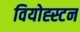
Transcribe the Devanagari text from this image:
वियोह्स्टन